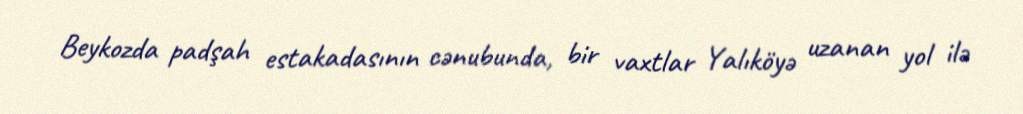
Beykozda padşah estakadasının cənubunda, bir vaxtlar Yalıköyə uzanan yol ilə